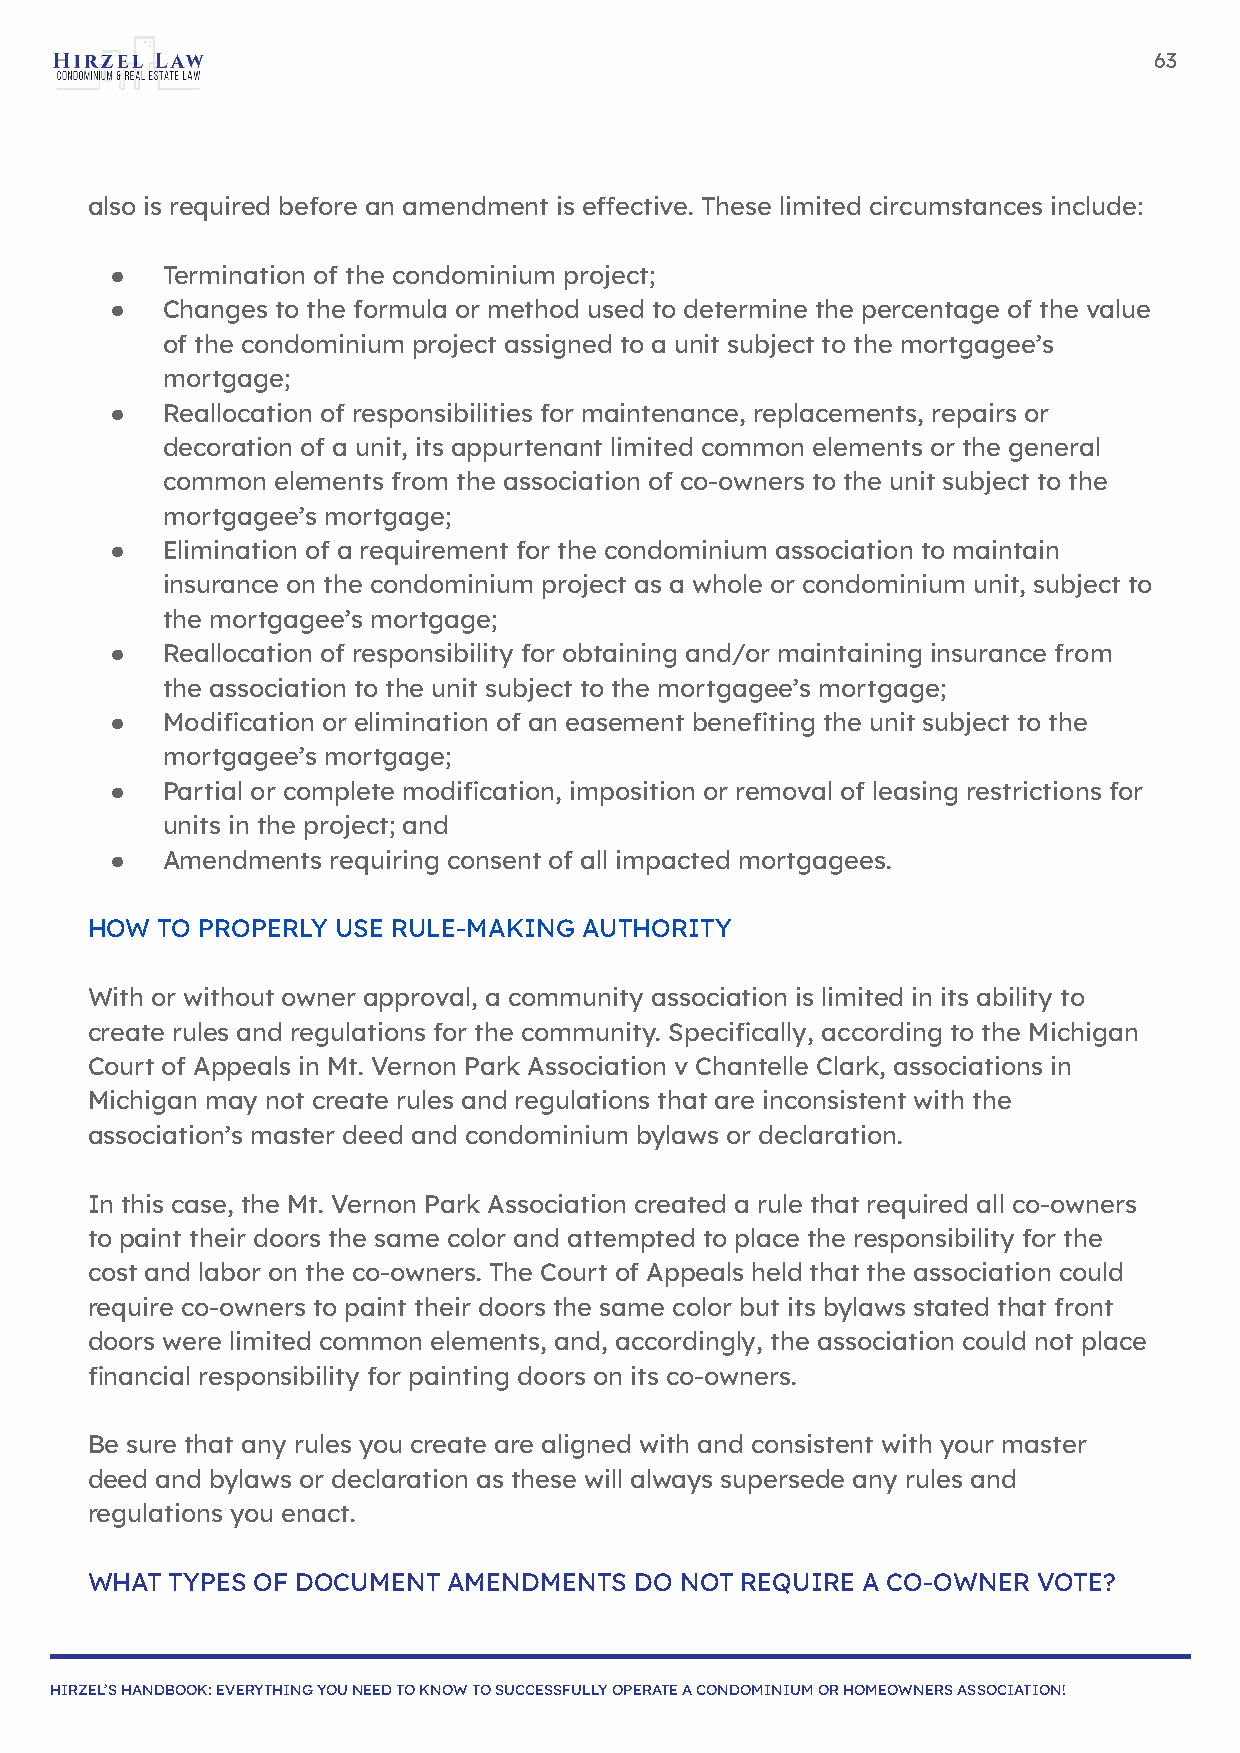
63
 also is required before an amendment is effective. These limited circumstances include:
 ●   Termination of the condominium project;
 ●   Changes to the formula or method used to determine the percentage of the value
 of the condominium project assigned to a unit subject to the mortgagee’s
 mortgage;
 ●   Reallocation of responsibilities for maintenance, replacements, repairs or
 decoration of a unit, its appurtenant limited common elements or the general
 common elements from the association of co-owners to the unit subject to the
 mortgagee’s mortgage;
 ●   Elimination of a requirement for the condominium association to maintain
 insurance on the condominium project as a whole or condominium unit, subject to
 the mortgagee’s mortgage;
 ●   Reallocation of responsibility for obtaining and/or maintaining insurance from
 the association to the unit subject to the mortgagee’s mortgage;
 ●   Modification or elimination of an easement benefiting the unit subject to the
 mortgagee’s mortgage;
 ●   Partial or complete modification, imposition or removal of leasing restrictions for
 units in the project; and
 ●   Amendments requiring consent of all impacted mortgagees.
 HOW TO PROPERLY USE RULE-MAKING  AUTHORITY
 With or without owner approval, a community association is limited in its ability to
 create rules and regulations for the community. Specifically, according to the Michigan
 Court of Appeals in Mt. Vernon Park Association v Chantelle Clark, associations in
 Michigan may not create rules and regulations that are inconsistent with the
 association’s master deed and condominium bylaws or declaration.
 In this case, the Mt. Vernon Park Association created a rule that required all co-owners
 to paint their doors the same color and attempted to place the responsibility for the
 cost and labor on the co-owners. The Court of Appeals held that the association could
 require co-owners to paint their doors the same color but its bylaws stated that front
 doors were limited common elements, and, accordingly, the association could not place
 financial responsibility for painting doors on its co-owners.
 Be sure that any rules you create are aligned with and consistent with your master
 deed and bylaws or declaration as these will always supersede any rules and
 regulations you enact.
 WHAT TYPES OF DOCUMENT  AMENDMENTS  DO NOT REQUIRE A CO-OWNER  VOTE?
 HIRZEL’S HANDBOOK: EVERYTHING YOU NEED TO KNOW TO SUCCESSFULLY OPERATE A CONDOMINIUM OR HOMEOWNERS ASSOCIATION!